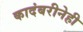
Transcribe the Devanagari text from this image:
कादंबरीनेही